Indian journal of veterinary science and animal husbandry - Volumes 18-21, 1948-1951
Year: 1948
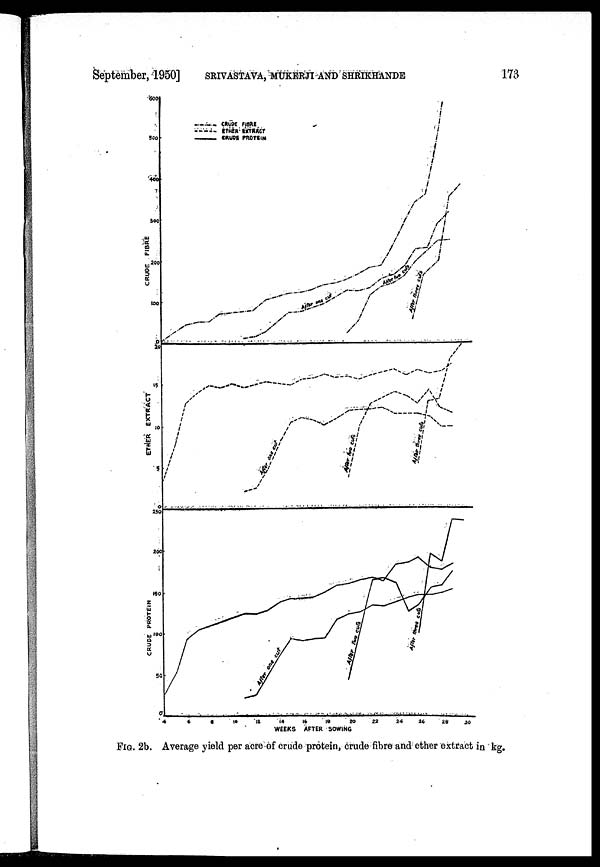
September, 1950] SRIVASTAVA, MUKERJI AND SHRIKHANDE 173
FIG. 2b. Average yield per acre of crude protein, crude fibre and ether extract in kg.